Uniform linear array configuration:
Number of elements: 64
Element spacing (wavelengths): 0.25
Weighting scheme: binomial
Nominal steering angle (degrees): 60
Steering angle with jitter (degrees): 59.611
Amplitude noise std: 0.05
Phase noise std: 0.05

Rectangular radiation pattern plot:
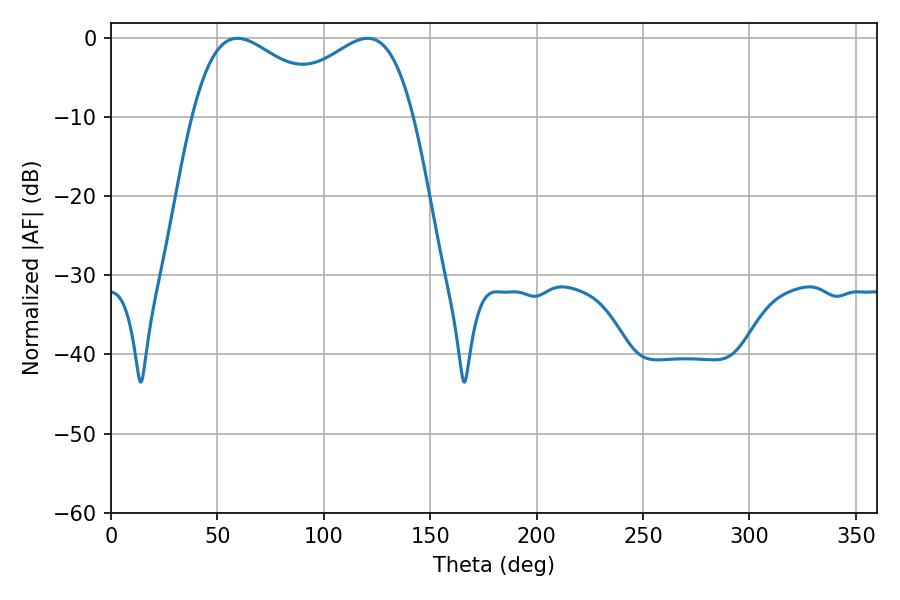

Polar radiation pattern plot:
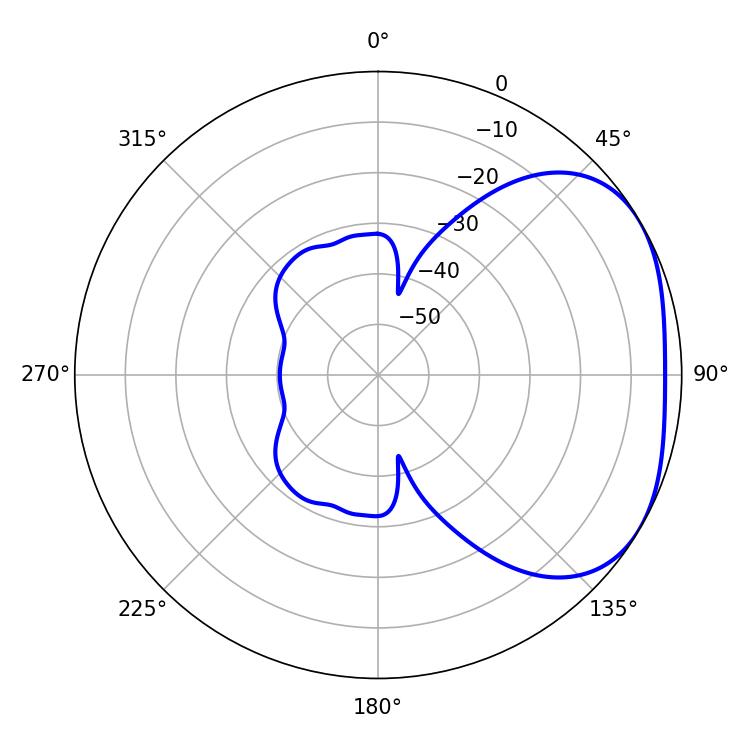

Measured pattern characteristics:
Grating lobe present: FALSE
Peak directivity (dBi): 2.772
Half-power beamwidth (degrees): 36.9
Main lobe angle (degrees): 59.4